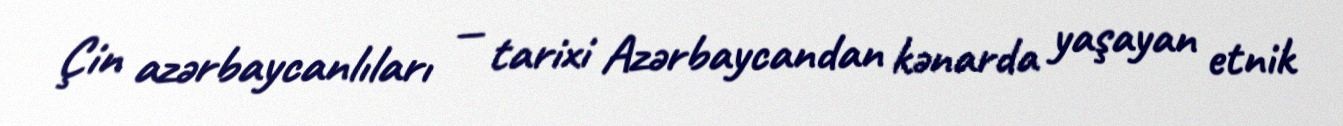
Çin azərbaycanlıları — tarixi Azərbaycandan kənarda yaşayan etnik